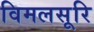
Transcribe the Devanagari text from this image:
विमलसूरि